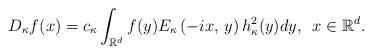
LaTeX: \begin{align*}D_{\kappa}f(x)=c_{\kappa}\int_{\mathbb{R}^{d}}f(y)E_{\kappa}\left(-ix,\, y\right)h_{\kappa}^{2}(y)dy,\,\,\, x\in\mathbb{R}^{d}.\end{align*}